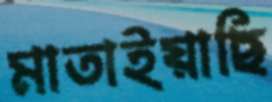
মাতাইয়াছি